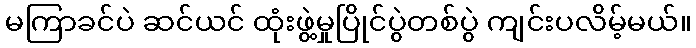
မကြာခင်ပဲ ဆင်ယင် ထုံးဖွဲ့မှုပြိုင်ပွဲတစ်ပွဲ ကျင်းပလိမ့်မယ်။